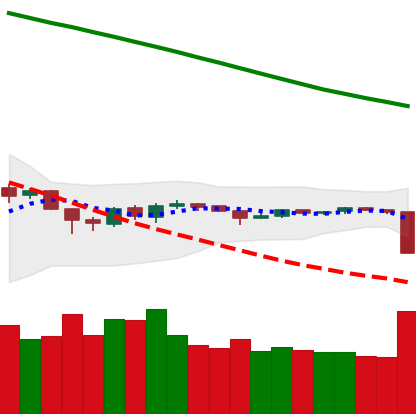
Ticker: ETH-USD
Chart end date: 2018-10-11
Forward return: 10.882%
Label: up_7plus